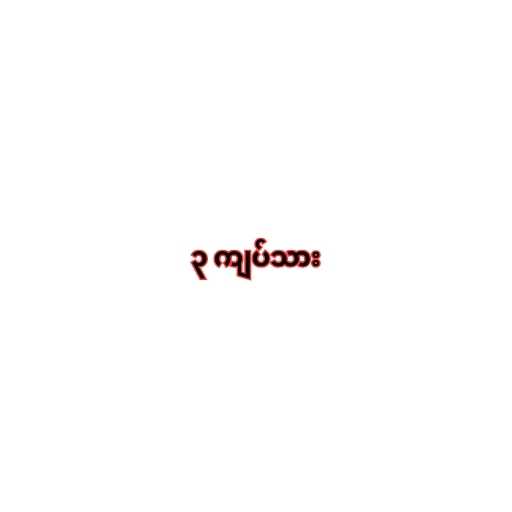
၃ ကျပ်သား